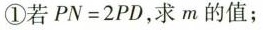
①若$$P N = 2 P D$$，求m的值；